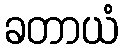
ခတာယံ